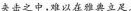
夹击之中，难以在雅典立足。